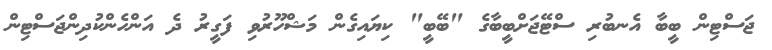
ޖަސްޓިން ބީބާ އެނބުރި ސްޓޭޖަށްބީބާގެ "ބޭބީ" ކިޔައިގެން މަޝްހޫރުވި ފަގީރު ދެ އަންހެންކުދިންޖަސްޓިން